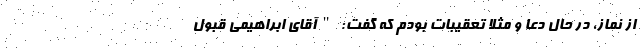
از نماز، در حال دعا و مثلا تعقیبات بودم که گفت: "آقای ابراهیمی قبول